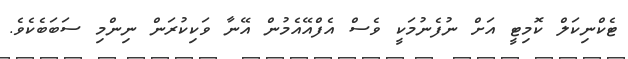
ޓެކްނިކަލް ކޮމިޓީ އަށް ނުފެނުމަކީ ވެސް އެފްއޭއެމުން އޭނާ ވަކިކުރަން ނިންމި ސަބަބެކެވެ.